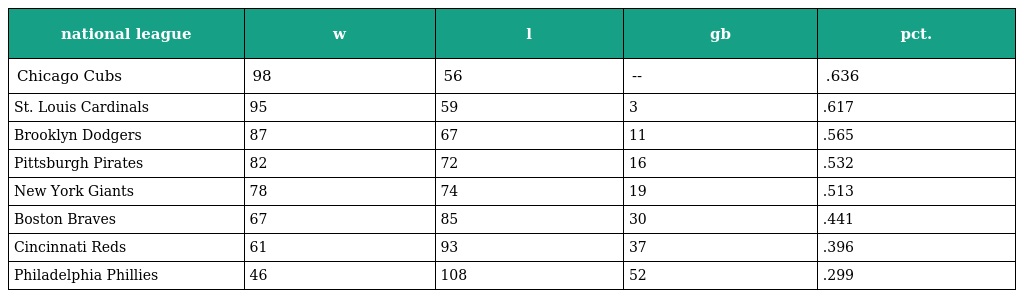
| national league | w | l | gb | pct. |
 | --- | --- | --- | --- | --- |
 | Chicago Cubs | 98 | 56 | -- | .636 |
 | St. Louis Cardinals | 95 | 59 | 3 | .617 |
 | Brooklyn Dodgers | 87 | 67 | 11 | .565 |
 | Pittsburgh Pirates | 82 | 72 | 16 | .532 |
 | New York Giants | 78 | 74 | 19 | .513 |
 | Boston Braves | 67 | 85 | 30 | .441 |
 | Cincinnati Reds | 61 | 93 | 37 | .396 |
 | Philadelphia Phillies | 46 | 108 | 52 | .299 |